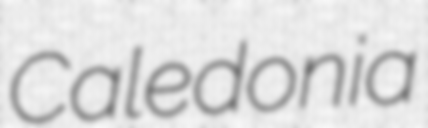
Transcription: Caledonia